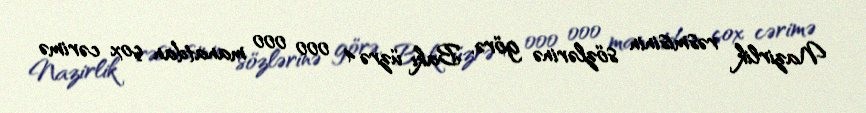
Nazirlik rəsmisinin sözlərinə görə, Bakı üzrə 4 000 000 manatdan çox cərimə